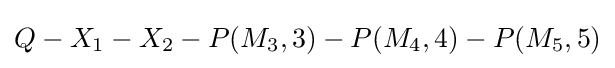
Q-X_{1}-X_{2}-P(M_{3},3)-P(M_{4},4)-P(M_{5},5)